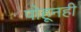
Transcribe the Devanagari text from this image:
पोहूनही